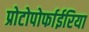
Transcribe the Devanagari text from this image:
प्रोटोपोर्फाईरिया